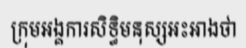
ក្រុមអង្គការសិទ្ធិមនុស្សអះអាងថា